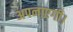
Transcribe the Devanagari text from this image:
अपनाएगी।